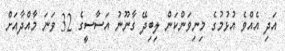
އަދި އެއްވެ އުޅުމުގެ މިނިވަންކަން ލިބިދޭ ގާނޫނު އަސާސީގެ 32 ވަނަ މާއްދާއަށް